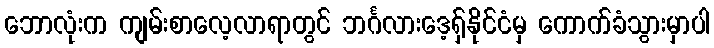
ဘောလုံးက ကျမ်းစာလေ့လာရာတွင် ဘင်္ဂလားဒေ့ရှ်နိုင်ငံမှ ကောက်ခံသွားမှာပါ